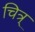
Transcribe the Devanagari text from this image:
चित्र्